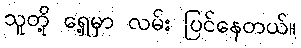
သူတို့ ရှေ့မှာ လမ်း ပြင်နေတယ်။